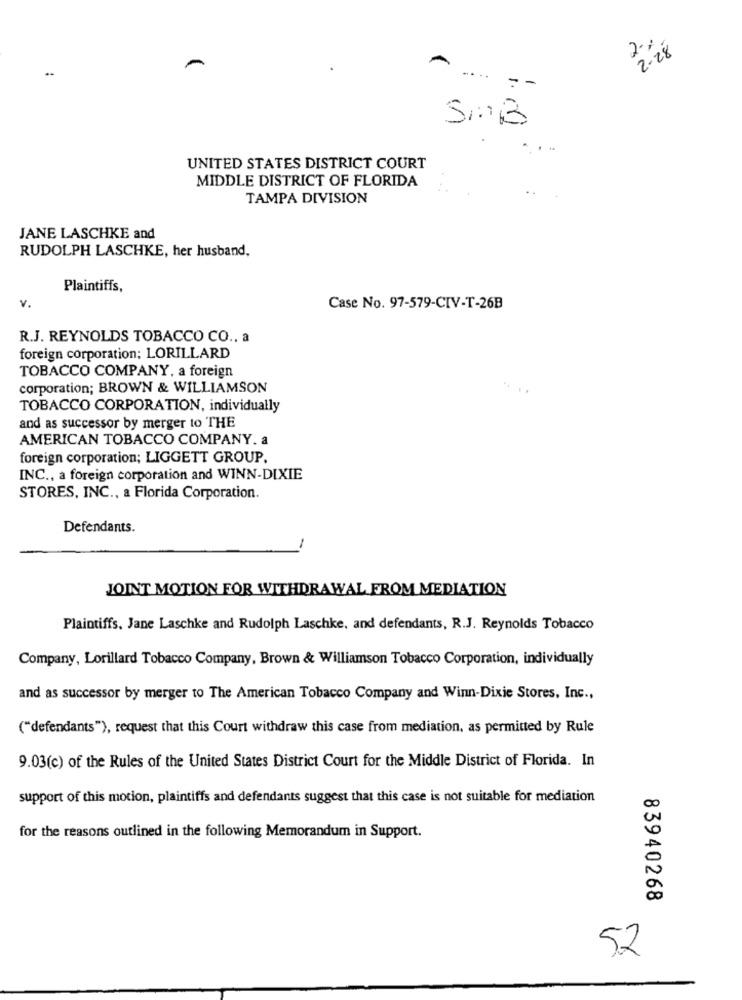
2%
2.28
..
.... --
SMB
. . .
UNITED STATES DISTRICT COURT
MIDDLE DISTRICT OF FLORIDA
TAMPA DIVISION
JANE LASCHKE and
RUDOLPH LASCHKE, her husband,
Plaintiffs,
v.
Case No. 97-579-CIV-T-26B
R.J. REYNOLDS TOBACCO CO ., a
foreign corporation; LORILLARD
TOBACCO COMPANY, a foreign
corporation; BROWN & WILLIAMSON
TOBACCO CORPORATION, individually
and as successor by merger to THE
AMERICAN TOBACCO COMPANY. a
foreign corporation; LIGGETT GROUP.
INC ., a foreign corporation and WINN-DIXIE
STORES, INC ., a Florida Corporation.
Defendants.
JOINT MOTION FOR WITHDRAWAL FROM MEDIATION
Plaintiffs, Jane Laschke and Rudolph Laschke, and defendants, R.J. Reynolds Tobacco
Company, Lorillard Tobacco Company, Brown & Williamson Tobacco Corporation, individually
and as successor by merger to The American Tobacco Company and Winn-Dixie Stores, Inc .,
("defendants"), request that this Court withdraw this case from mediation, as permitted by Rule
9.03(c) of the Rules of the United States District Court for the Middle District of Florida. In
support of this motion, plaintiffs and defendants suggest that this case is not suitable for mediation
for the reasons outlined in the following Memorandum in Support.
83940268
52